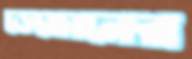
ডেভোনের